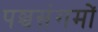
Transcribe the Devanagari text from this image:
पञ्चसंगमों